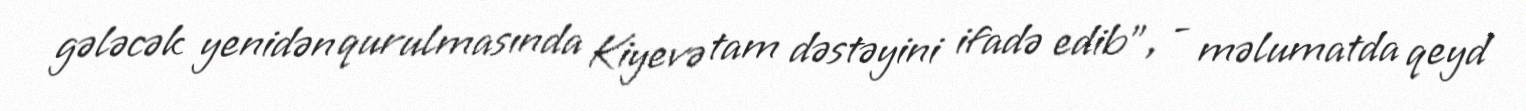
gələcək yenidən qurulmasında Kiyevə tam dəstəyini ifadə edib”, - məlumatda qeyd